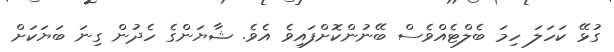
ގުޅޭ ކަހަލަ ހިމަ ބެލްޓެއްވެސް ބޭނުންކޮށްފައިވެ އެވެ. ޝާޔަންގެ ހެދުން ގިނަ ބަޔަކަށް